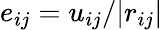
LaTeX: e_{ij}=u_{ij}/|r_{ij}|